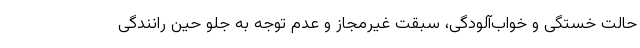
حالت خستگی و خواب‌آلودگی، سبقت غیرمجاز و عدم توجه به جلو حین رانندگی